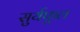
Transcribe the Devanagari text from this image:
सुर्यफूल